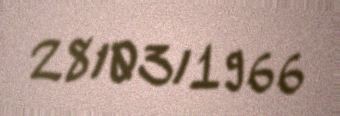
28/03/1966